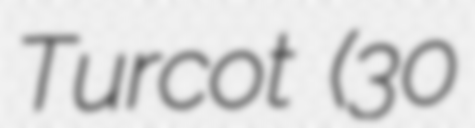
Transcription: Turcot (30